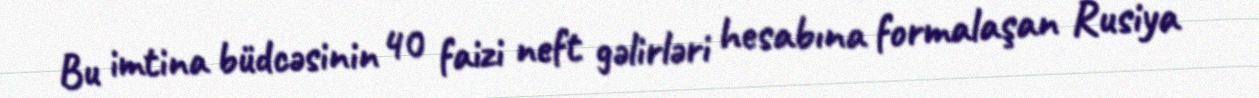
Bu imtina büdcəsinin 40 faizi neft gəlirləri hesabına formalaşan Rusiya